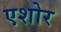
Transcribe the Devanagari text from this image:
एशोर